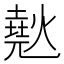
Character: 𰟞